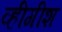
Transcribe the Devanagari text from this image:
व्हीगीश